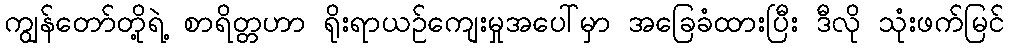
ကျွန်တော်တို့ရဲ့ စာရိတ္တဟာ ရိုးရာယဉ်ကျေးမှုအပေါ်မှာ အခြေခံထားပြီး ဒီလို သုံးဖက်မြင်